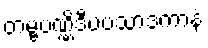
တမ္ဗပဏ္ဏိဒီပပသာဒကာနံ